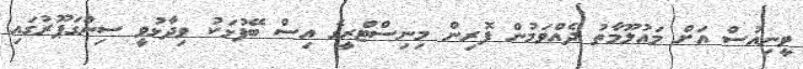
ވީނިއުސް އަށް މައުލޫމާތު ދެއްވަމުން ފޮރިން މިނިސްޓްރީގެ އިސް ބޭފުޅަކު ވިދާޅުވީ ސިންގަޕޫރުގައި